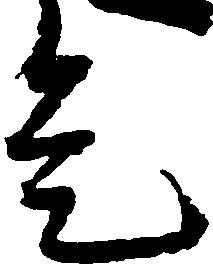
是